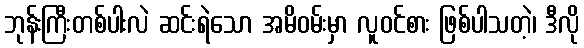
ဘုန်းကြီးတစ်ပါးလဲ ဆင်းရဲသော အမိဝမ်းမှာ လူဝင်စား ဖြစ်ပါသတဲ့၊ ဒီလို